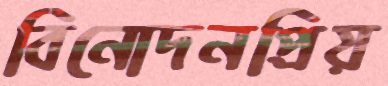
বিনোদনপ্রিয়